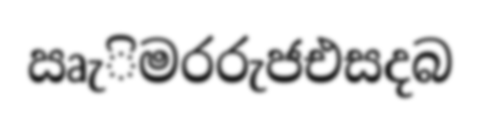
ඍැිමරරුජඑසදබ